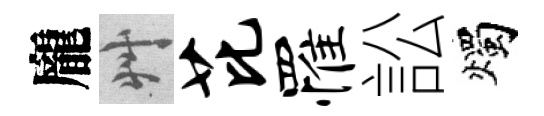
龐艸芘罹訟燭